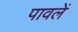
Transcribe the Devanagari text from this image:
पावलें